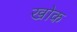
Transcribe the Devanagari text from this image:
खोक